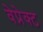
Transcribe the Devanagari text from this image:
वेप्रेक्ट